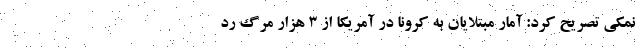
نمکی تصریح کرد: آمار مبتلایان به کرونا در آمریکا از ۳ هزار مرگ رد